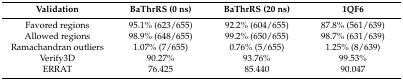
| Validation | BaThrRS (0 ns) | BaThrRS (20 ns) | 1QF6 |
 | --- | --- | --- | --- |
 | Favored regions | 95.1% (623/655) | 92.2% (604/655) | 87.8% (561/639) |
 | Allowed regions | 98.9% (648/655) | 99.2% (650/655) | 98.7% (631/639) |
 | Ramachandran outliers | 1.07% (7/655) | 0.76% (5/655) | 1.25% (8/639) |
 | Verify3D | 90.27% | 93.76% | 99.53% |
 | ERRAT | 76.425 | 85.440 | 90.047 |